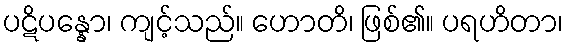
ပဋိပန္နော၊ ကျင့်သည်။ ဟောတိ၊ ဖြစ်၏။ ပရဟိတာ၊